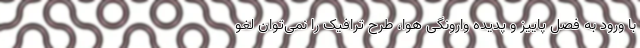
با ورود به فصل پاییز و پدیده وارونگی هوا، طرح ترافیک را نمی‌توان لغو